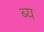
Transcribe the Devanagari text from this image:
ब्य